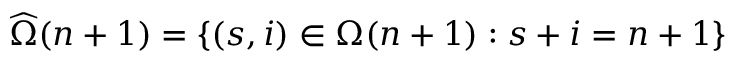
\widehat { \Omega } ( n + 1 ) = \{ ( s , i ) \in \Omega ( n + 1 ) : s + i = n + 1 \}